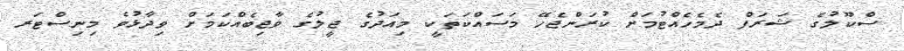
ސްކޫލުގެ ޝަރަފް ދެމެހެއްޓުމަށް ކުރަންޖެހޭ މަސައްކަތަކީ މިއަދުގެ ޖީލުގެ ވާޖިބެއްކަމަށް ވިދާޅުވެ މިނިސްޓަރ